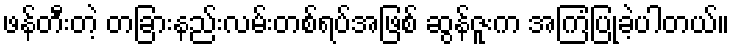
ဖန်တီးတဲ့ တခြားနည်းလမ်းတစ်ရပ်အဖြစ် ဆွန်ဇူးက အကြံပြုခဲ့ပါတယ်။